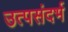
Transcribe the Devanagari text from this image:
उत्पसंदर्भ